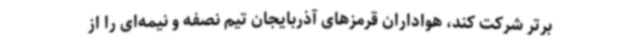
برتر شرکت کند، هواداران قرمزهای آذربایجان تیم نصفه و نیمه‌ای را از